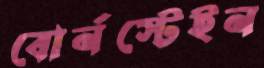
বোর্নস্টেইন